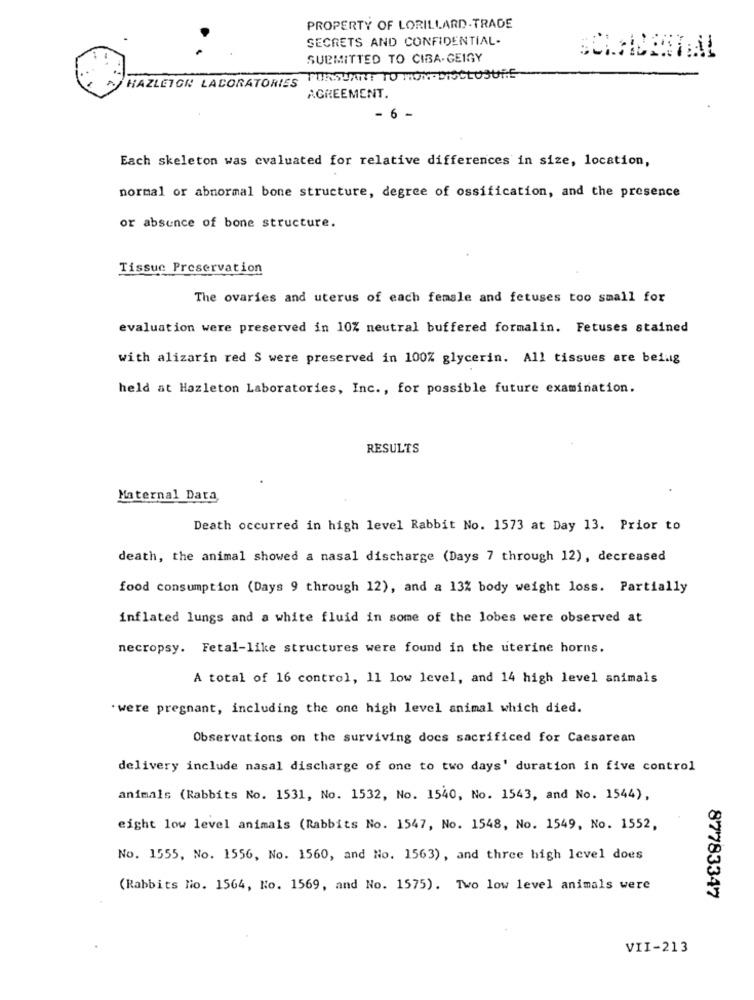
PROPERTY OF LORILLARD.TRADE
SECRETS AND CONFIDENTIAL-
SUBMITTED TO CIBA- GEIGY
HAZLETON LABORATORIES PURSUANT TO MON.DISCLOSURE
AGREEMENT.
6
Each skeleton was evaluated for relative differences in size, location,
normal or abnormal bone structure, degree of ossification, and the presence
or absence of bone structure.
Tissue Preservation
The ovaries and uterus of each female and fetuses too small for
evaluation were preserved in 10% neutral buffered formalin. Fetuses stained
with alizarin red S were preserved in 100% glycerin. All tissues are befug
held at Hazleton Laboratories, Inc ., for possible future examination.
RESULTS
Maternal Data
Death occurred in high level Rabbit No. 1573 at Day 13. Prior to
death, the animal showed a nasal discharge (Days 7 through 12), decreased
food consumption (Days 9 through 12), and a 13% body weight loss. Partially
inflated lungs and a white fluid in some of the lobes were observed at
necropsy. Fetal-like structures were found in the uterine horns.
A total of 16 control, 11 low level, and 14 high level animals
. were pregnant, including the one high level animal which died.
Observations on the surviving docs sacrificed for Caesarean
delivery include nasal discharge of one to two days' duration in five control
animals (Rabbits No. 1531, No. 1532, No. 1540, No. 1543, and No. 1544),
eight low level animals (Rabbits No. 1547, No. 1548, No. 1549, No. 1552,
No. 1555, No. 1556, No. 1560, and No. 1563), and three high level does
(Rabbits No. 1564, No. 1569, and No. 1575). Two low level animals were
87783347
VII-213